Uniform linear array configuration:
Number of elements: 48
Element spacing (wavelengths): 0.75
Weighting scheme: exponential
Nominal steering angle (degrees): -45
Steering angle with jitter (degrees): -43.12
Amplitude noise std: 0.05
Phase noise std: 0.05

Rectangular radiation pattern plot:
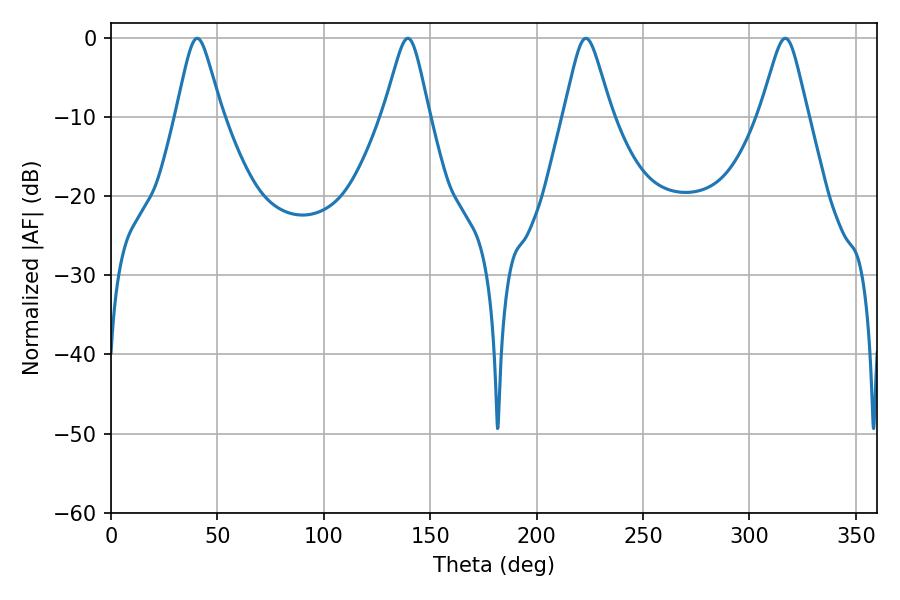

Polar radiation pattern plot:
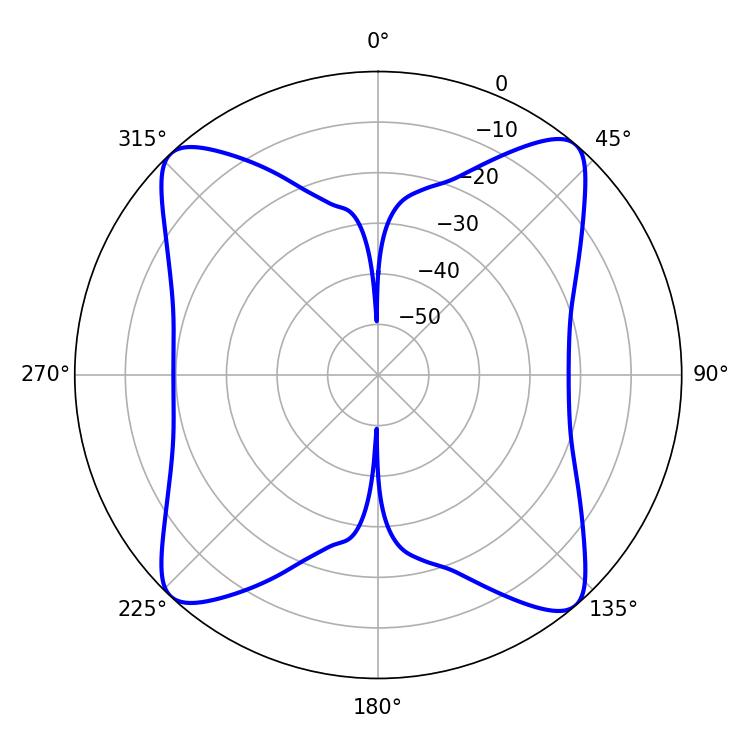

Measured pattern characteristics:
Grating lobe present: TRUE
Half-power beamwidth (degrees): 10.26
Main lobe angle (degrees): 40.5